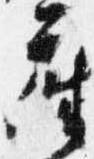
座